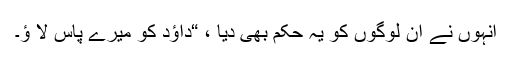
انہوں نے ان لوگوں کو یہ حکم بھی دیا ، “داؤد کو میرے پاس لا ؤ۔